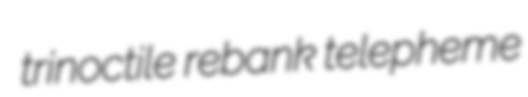
trinoctile rebank telepheme